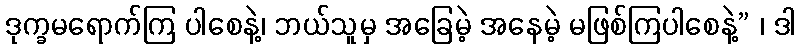
ဒုက္ခမရောက်ကြ ပါစေနဲ့၊ ဘယ်သူမှ အခြေမဲ့ အနေမဲ့ မဖြစ်ကြပါစေနဲ့” ၊ ဒါ